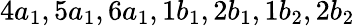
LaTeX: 4a_{1},5a_{1},6a_{1},1b_{1},2b_{1},1b_{2},2b_{2}